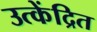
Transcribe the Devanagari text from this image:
उत्केंद्रित